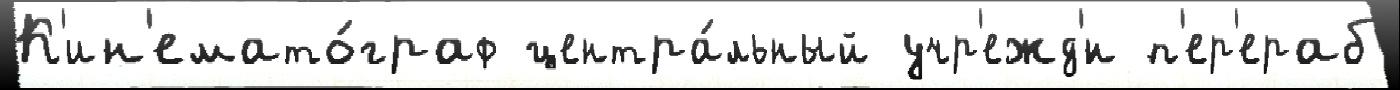
К'ин'емато́граф центра́льный учр'ежд'́н п'ер'ераб